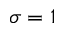
\sigma = 1